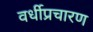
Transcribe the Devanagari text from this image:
वर्धीप्रचारण